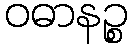
ဝဓာနဉ္စ